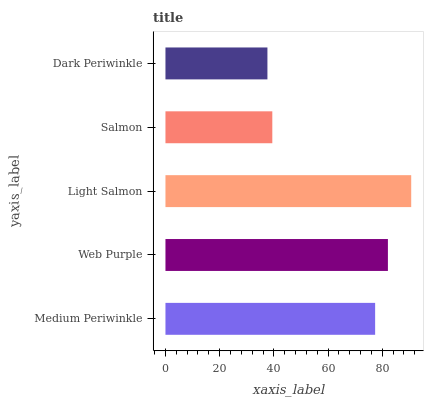
| yaxis_label | bars |
 | --- | --- |
 | Medium Periwinkle | 77.4 |
 | Web Purple | 82.1 |
 | Light Salmon | 90.7 |
 | Salmon | 39.4 |
 | Dark Periwinkle | 37.6 |